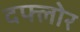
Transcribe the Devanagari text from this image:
दफ्लोर